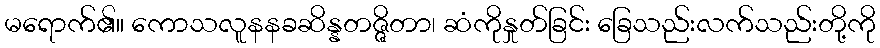
မရောက်၏။ ကောသလူနနခဆိန္နတဇ္ဇိတာ၊ ဆံကိုနှုတ်ခြင်း ခြေသည်းလက်သည်းတို့ကို